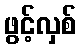
ဖွင့်လှစ်